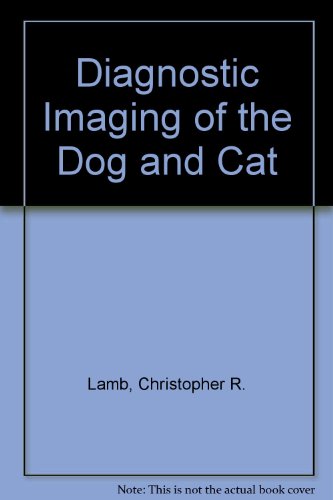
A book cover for Diagnostic Imaging of the Dog and Cat; Christopher R. Lamb; Medical Books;